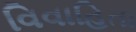
વિવાહિતા